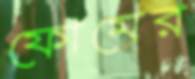
ফোমের